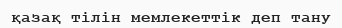
қазақ тілін мемлекеттік деп тану